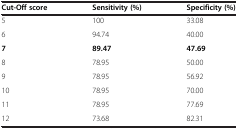
<table><thead><tr><td><b>Cut-Off score</b></td><td><b>Sensitivity (%)</b></td><td><b>Specificity (%)</b></td></tr></thead><tbody><tr><td>5</td><td>100</td><td>33.08</td></tr><tr><td>6</td><td>94.74</td><td>40.00</td></tr><tr><td><b>7</b></td><td><b>89.47</b></td><td><b>47.69</b></td></tr><tr><td>8</td><td>78.95</td><td>50.00</td></tr><tr><td>9</td><td>78.95</td><td>56.92</td></tr><tr><td>10</td><td>78.95</td><td>70.00</td></tr><tr><td>11</td><td>78.95</td><td>77.69</td></tr><tr><td>12</td><td>73.68</td><td>82.31</td></tr></tbody></table>